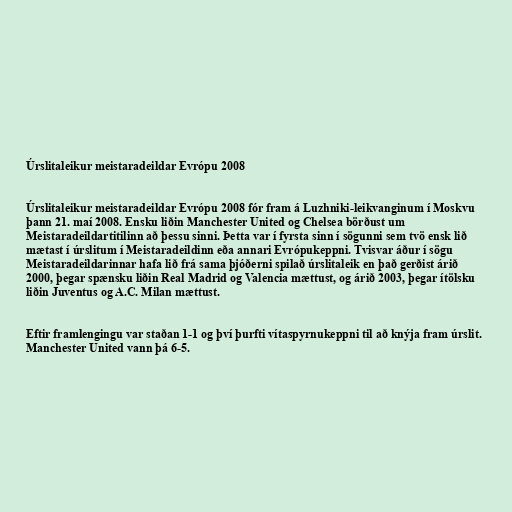
Úrslitaleikur meistaradeildar Evrópu 2008

Úrslitaleikur meistaradeildar Evrópu 2008 fór fram á Luzhniki-leikvanginum í Moskvu
þann 21. maí 2008. Ensku liðin Manchester United og Chelsea börðust um
Meistaradeildartitilinn að þessu sinni. Þetta var í fyrsta sinn í sögunni sem tvö ensk lið
mætast í úrslitum í Meistaradeildinn eða annari Evrópukeppni. Tvisvar áður í sögu
Meistaradeildarinnar hafa lið frá sama þjóðerni spilað úrslitaleik en það gerðist árið
2000, þegar spænsku liðin Real Madrid og Valencia mættust, og árið 2003, þegar ítölsku
liðin Juventus og A.C. Milan mættust.

Eftir framlengingu var staðan 1-1 og því þurfti vítaspyrnukeppni til að knýja fram úrslit.
Manchester United vann þá 6-5.